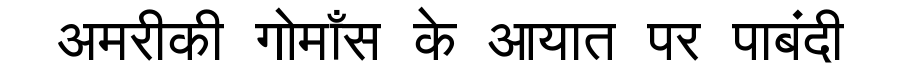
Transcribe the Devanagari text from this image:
अमरीकी गोमाँस के आयात पर पाबंदी